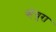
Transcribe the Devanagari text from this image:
व्हेंचुरा